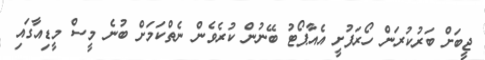
ޖީބަށް ބަރުކުރަން ހޯރަފުށީ އެއާޕޯޓު ބޭނުން ކުރެވެން ނެތްކަމަށް ބުނެ މީސް މީޑިއާގައި